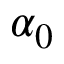
\alpha _ { 0 }